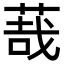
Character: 𦳦